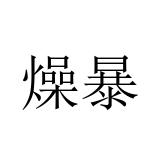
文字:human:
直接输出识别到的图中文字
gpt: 燥暴